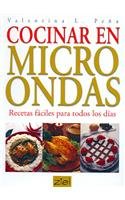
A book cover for Cocinar en microondas/ Microwave Cooking (Spanish Edition); Valentina L. Pena; Cookbooks, Food & Wine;